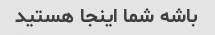
باشه شما اینجا هستید